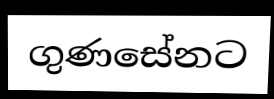
ගුණසේනට